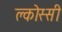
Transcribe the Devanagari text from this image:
क्लोस्सी